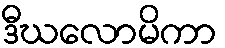
ဒီဃလောမိကာ